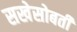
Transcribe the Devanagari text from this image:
सखेसोबती